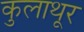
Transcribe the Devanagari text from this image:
कुलाथूर